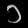
Digit: ၁